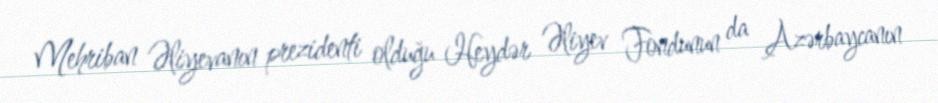
Mehriban Əliyevanın prezidenti olduğu Heydər Əliyev Fondunun da Azərbaycanın